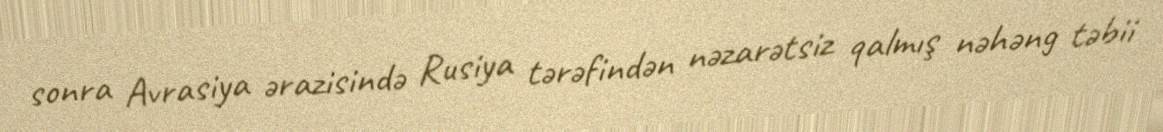
sonra Avrasiya ərazisində Rusiya tərəfindən nəzarətsiz qalmış nəhəng təbii